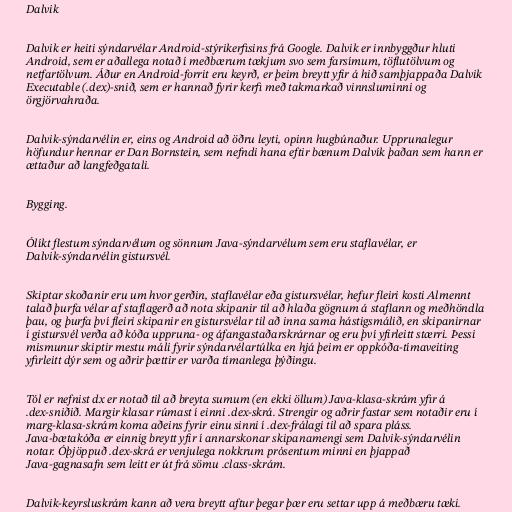
Dalvik

Dalvik er heiti sýndarvélar Android-stýrikerfisins frá Google. Dalvik er innbyggður hluti
Android, sem er aðallega notað í meðbærum tækjum svo sem farsímum, töflutölvum og
netfartölvum. Áður en Android-forrit eru keyrð, er þeim breytt yfir á hið samþjappaða Dalvik
Executable (.dex)-snið, sem er hannað fyrir kerfi með takmarkað vinnsluminni og
örgjörvahraða.

Dalvik-sýndarvélin er, eins og Android að öðru leyti, opinn hugbúnaður. Upprunalegur
höfundur hennar er Dan Bornstein, sem nefndi hana eftir bænum Dalvík þaðan sem hann er
ættaður að langfeðgatali.

Bygging.

Ólíkt flestum sýndarvélum og sönnum Java-sýndarvélum sem eru staflavélar, er
Dalvik-sýndarvélin gistursvél.

Skiptar skoðanir eru um hvor gerðin, staflavélar eða gistursvélar, hefur fleiri kosti Almennt
talað þurfa vélar af staflagerð að nota skipanir til að hlaða gögnum á staflann og meðhöndla
þau, og þurfa því fleiri skipanir en gistursvélar til að inna sama hástigsmálið, en skipanirnar
í gistursvél verða að kóða uppruna- og áfangastaðarskrárnar og eru því yfirleitt stærri. Þessi
mismunur skiptir mestu máli fyrir sýndarvélartúlka en hjá þeim er oppkóða-tímaveiting
yfirleitt dýr sem og aðrir þættir er varða tímanlega þýðingu.

Tól er nefnist dx er notað til að breyta sumum (en ekki öllum) Java-klasa-skrám yfir á
.dex-sniðið. Margir klasar rúmast í einni .dex-skrá. Strengir og aðrir fastar sem notaðir eru í
marg-klasa-skrám koma aðeins fyrir einu sinni í .dex-frálagi til að spara pláss.
Java-bætakóða er einnig breytt yfir í annarskonar skipanamengi sem Dalvik-sýndarvélin
notar. Óþjöppuð .dex-skrá er venjulega nokkrum prósentum minni en þjappað
Java-gagnasafn sem leitt er út frá sömu .class-skrám.

Dalvik-keyrsluskrám kann að vera breytt aftur þegar þær eru settar upp á meðbæru tæki.